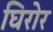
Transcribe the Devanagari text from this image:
घिरोर